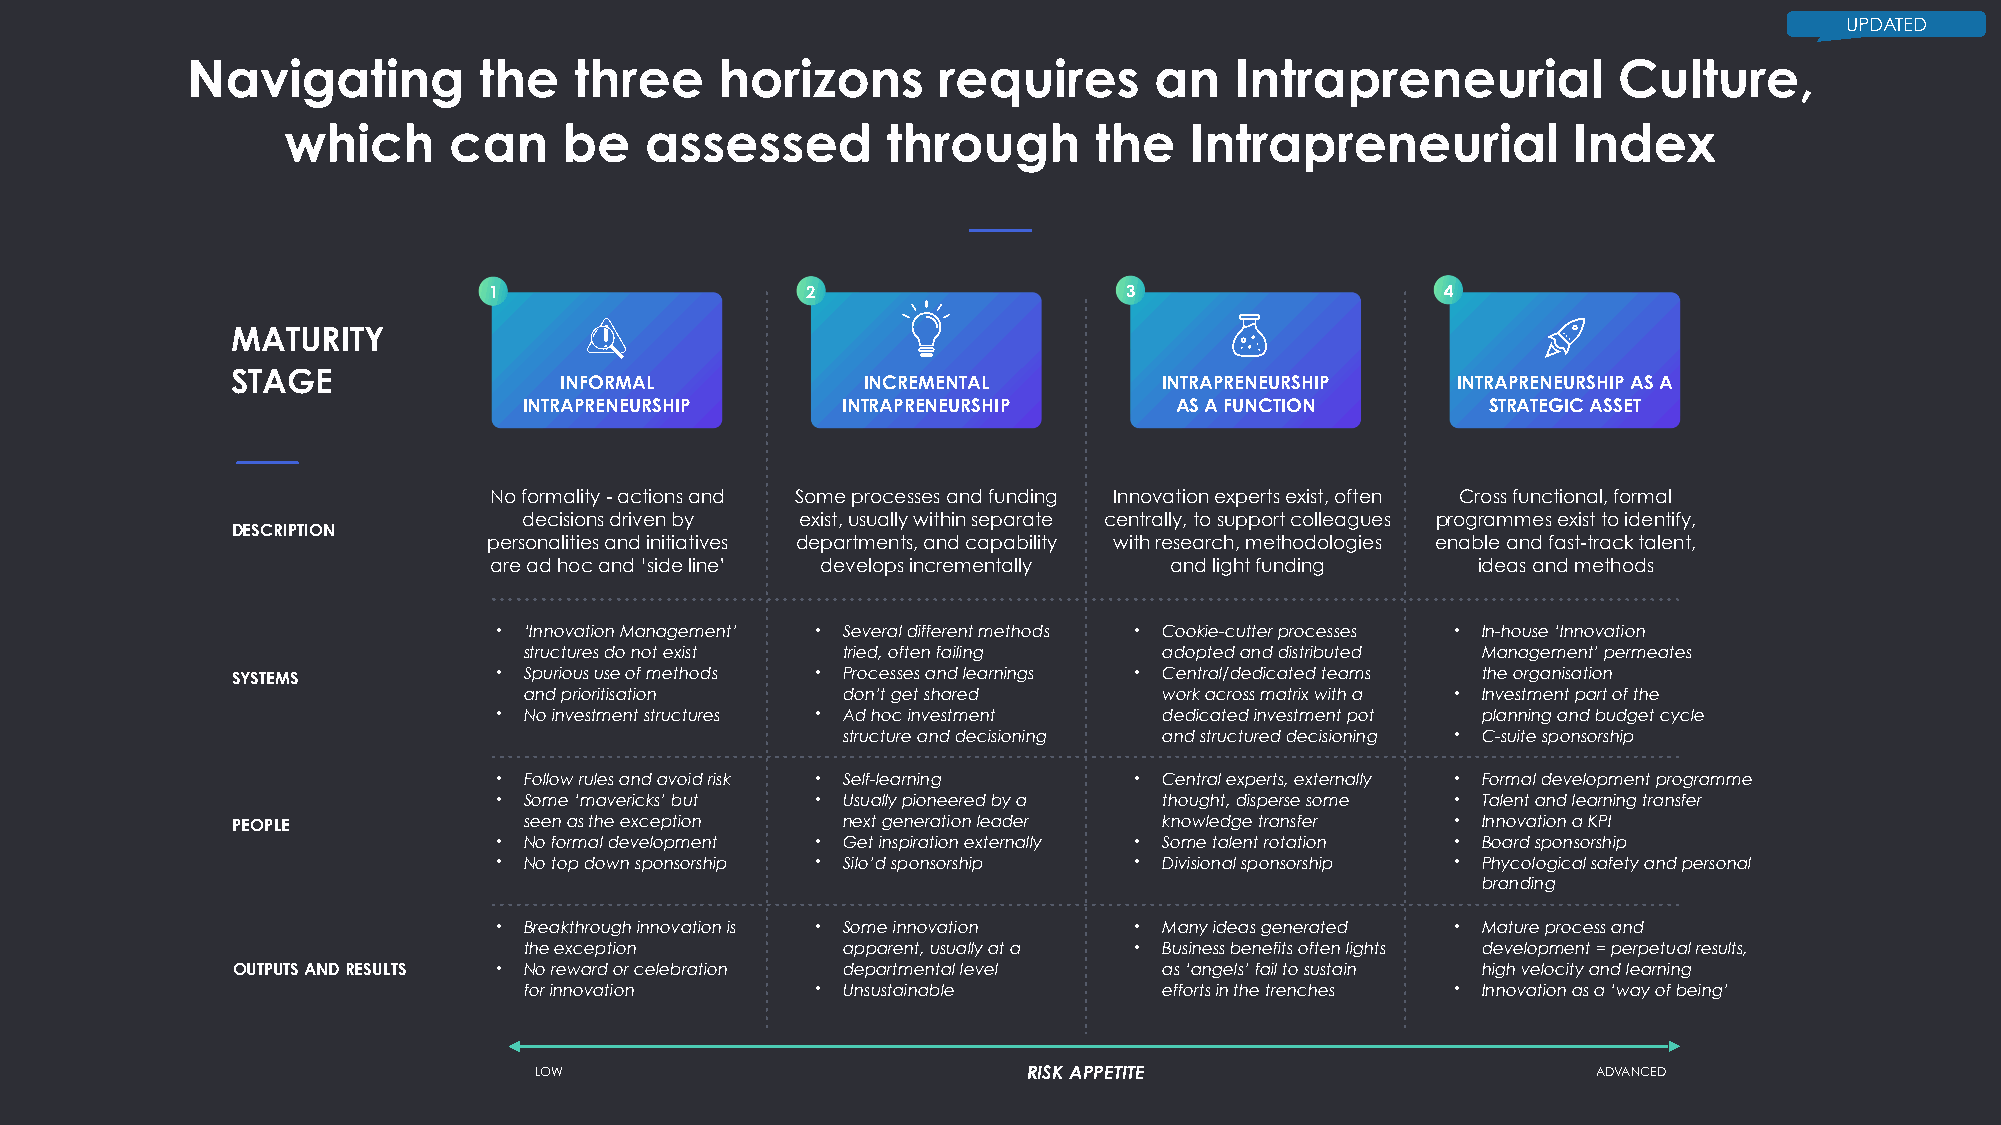
UPDATED
 Navigating          the   three     horizons      requires      an    Intrapreneurial          Culture,
 which      can    be    assessed        through      the    Intrapreneurial          Index
 1                    2                    3                     4
 MATURITY
 STAGE
 INFORMAL            INCREMENTAL         INTRAPRENEURSHIP   INTRAPRENEURSHIP AS A
 INTRAPRENEURSHIP     INTRAPRENEURSHIP      AS A FUNCTION        STRATEGIC ASSET
 No formality - actions and Some processes and funding Innovation experts exist, often Cross functional, formal
 decisions driven by exist, usually within separate centrally, to support colleagues programmes exist to identify,
 DESCRIPTION
 personalities and initiatives departments, and capability with research, methodologies enable and fast-track talent,
 are ad hoc and ‘side line’ develops incrementally and light funding ideas and methods
 • ‘Innovation Management’ • Several different methods • Cookie-cutter processes • In-house ‘Innovation
 structures do not exist tried, often failing adopted and distributed Management’ permeates
 SYSTEMS           • Spurious use of methods • Processes and learnings • Central/dedicated teams the organisation
 and prioritisation   don’t get shared     work across matrix with a • Investment part of the
 • No investment structures • Ad hoc investment dedicated investment pot planning and budget cycle
 structure and decisioning and structured decisioning • C-suite sponsorship
 • Follow rules and avoid risk • Self-learning • Central experts, externally • Formal development programme
 • Some ‘mavericks’ but • Usually pioneered by a thought, disperse some • Talent and learning transfer
 PEOPLE              seen as the exception next generation leader knowledge transfer • Innovation a KPI
 • No formal development • Get inspiration externally • Some talent rotation • Board sponsorship
 • No top down sponsorship • Silo’d sponsorship • Divisional sponsorship • Phycological safety and personal
 branding
 • Breakthrough innovation is • Some innovation • Many ideas generated • Mature process and
 the exception        apparent, usually at a • Business benefits often lights development = perpetual results,
 OUTPUTS AND RESULTS • No reward or celebration departmental level as ‘angels’ fail to sustain high velocity and learning
 for innovation     • Unsustainable        efforts in the trenches • Innovation as a ‘way of being’
 LOW                              RISK APPETITE                         ADVANCED